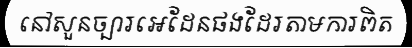
នៅសួនច្បារអេដែនផងដែរតាមការពិត